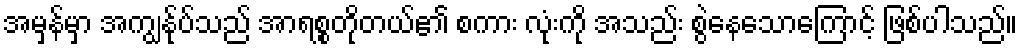
အမှန်မှာ အကျွန်ုပ်သည် အာရစ္စတိုတယ်၏ စကား လုံးကို အသည်း စွဲနေသောကြောင့် ဖြစ်ပါသည်။